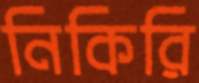
নিকিরি